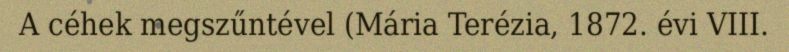
A céhek megszűntével (Mária Terézia, 1872. évi VIII.